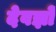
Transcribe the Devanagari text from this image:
देवज्ञों